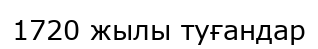
1720 жылы туғандар